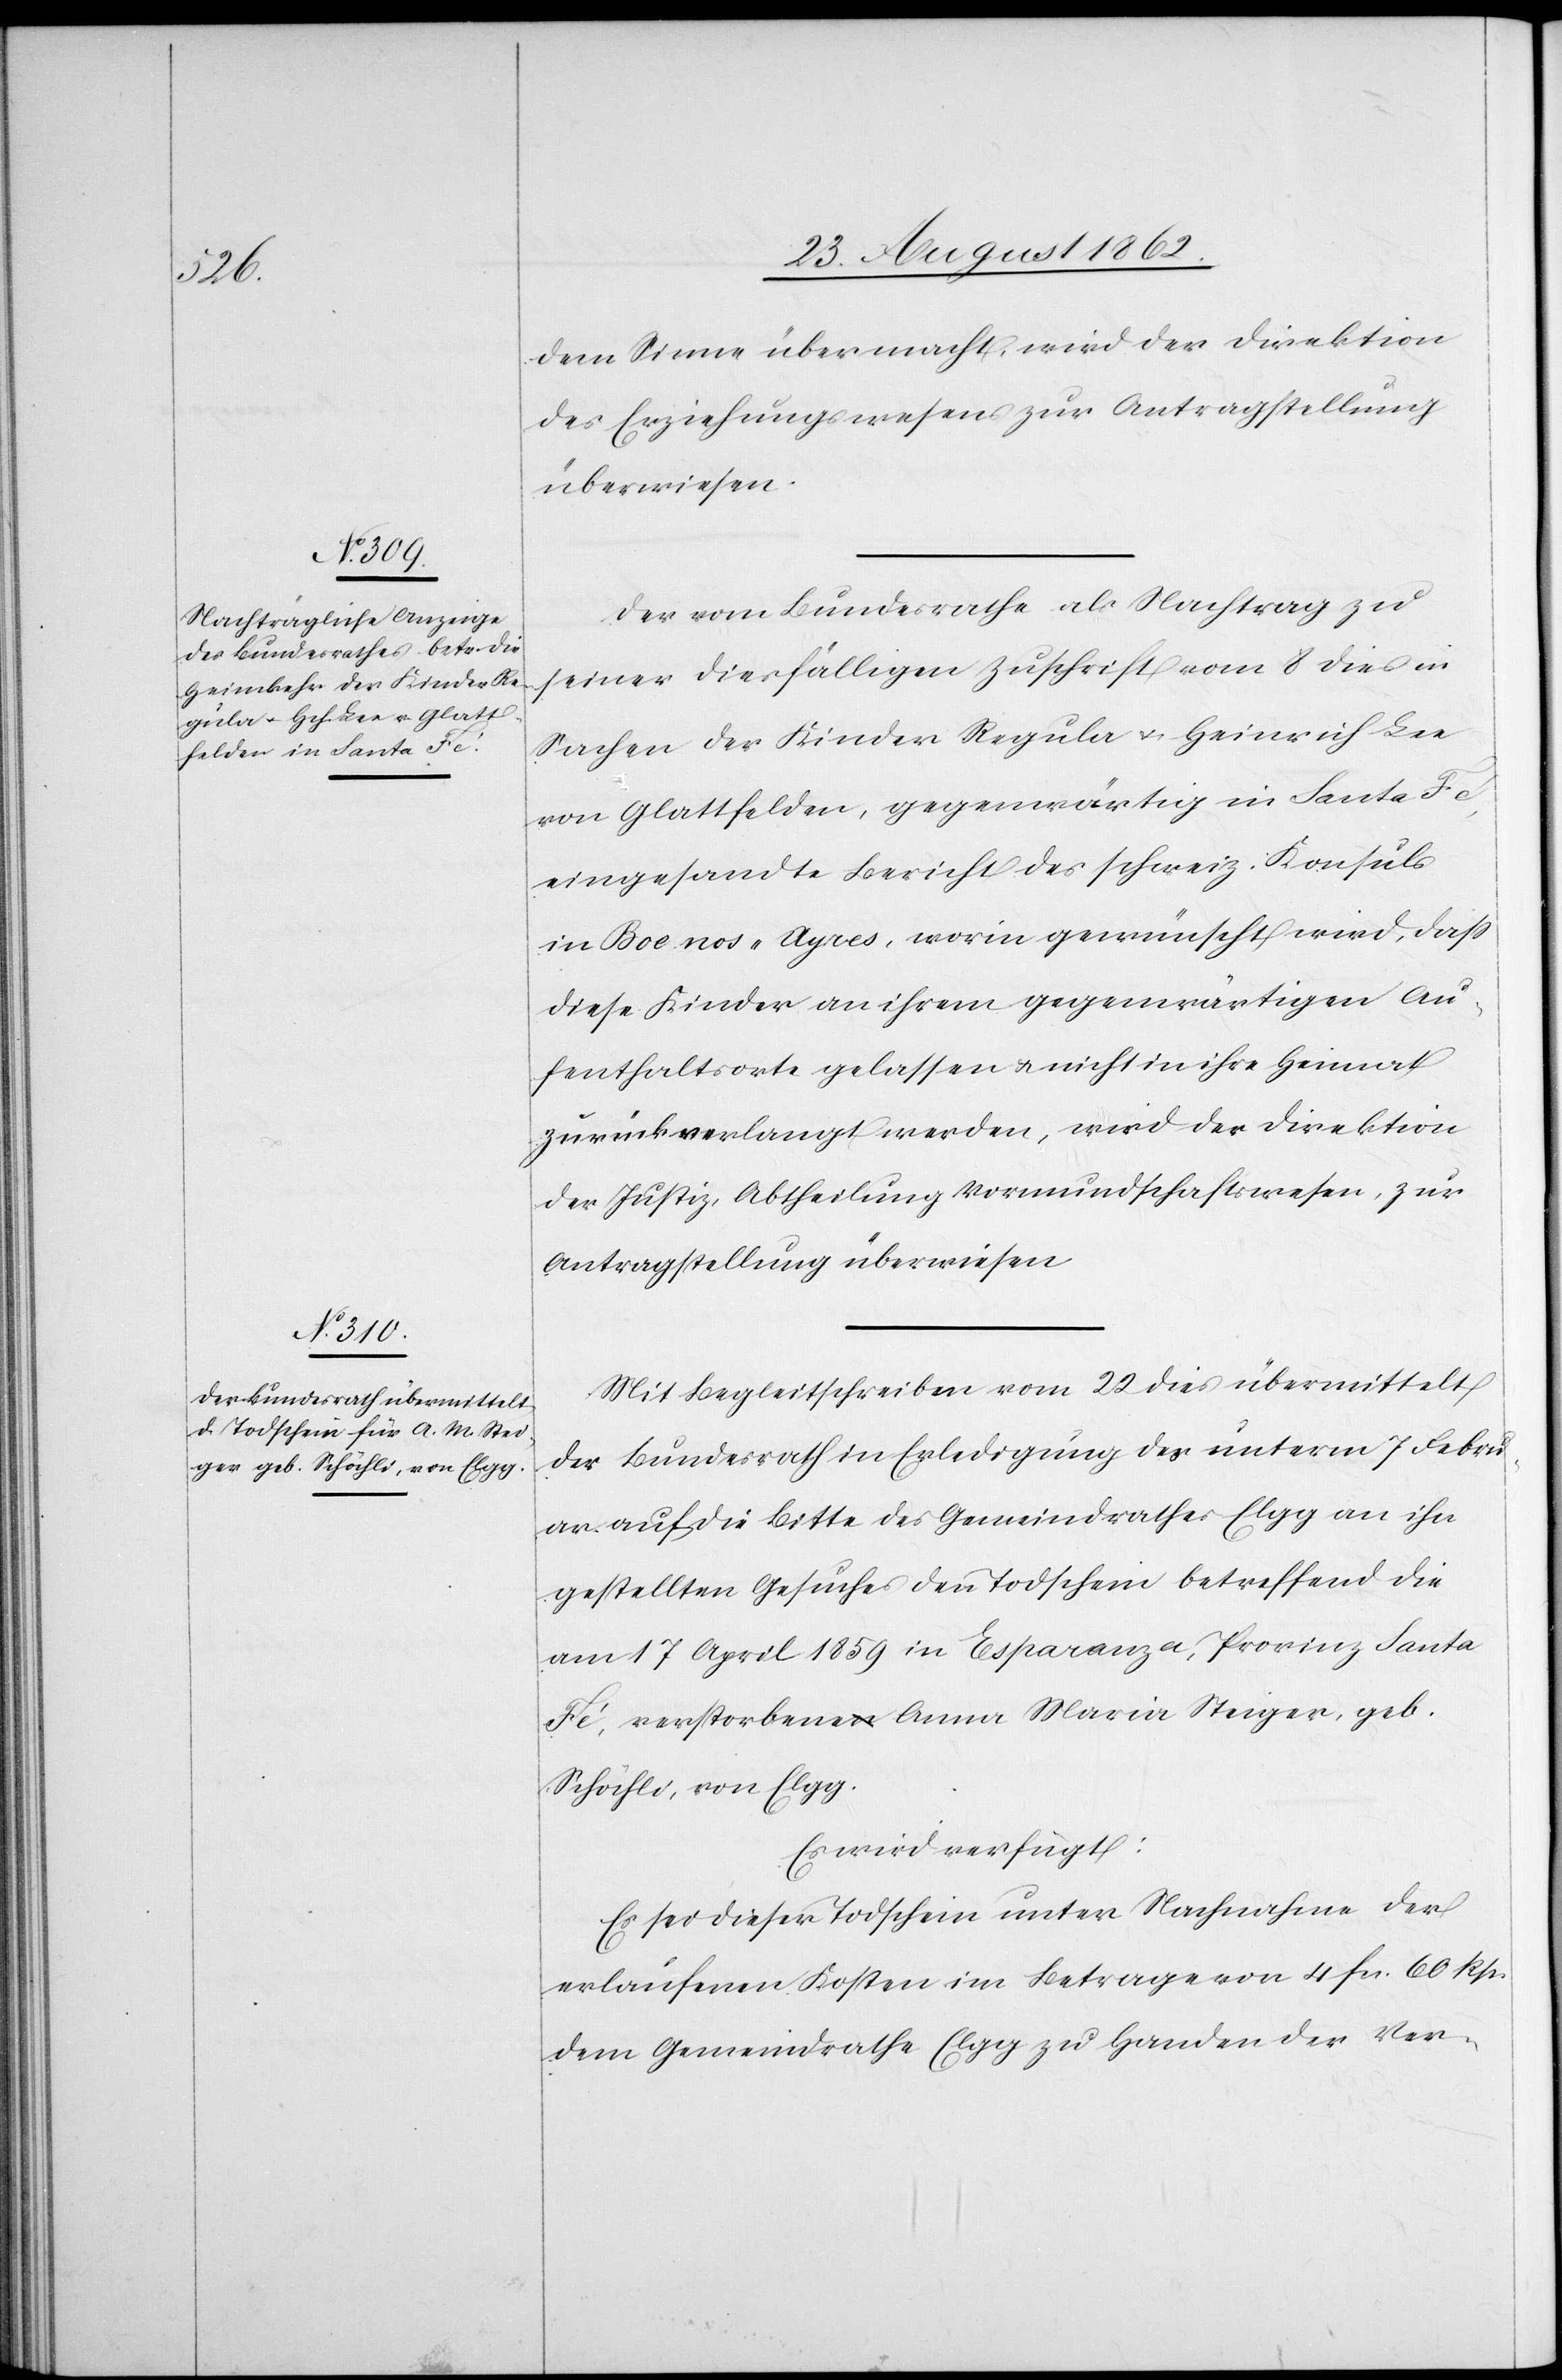
25. August 1862.]
dem Sinne übermacht, wird der Direktion
des Erziehungswesens zur Antragstellung
überwiesen.
Der vom Bundesrathe als Nachtrag zu
seiner diesfälligen Zuschrift vom 8. dies in
Sachen der Kinder Regula u. Heinrich Lee
von Glattfelden, gegenwärtig in Santa
eingesandte Bericht des schweiz. Konsuls
in Buenos-Ayres, worin gewünscht wird, daß
diese Kinder an ihrem gegenwärtigen Au¬
fenthaltsorte gelassen u. nicht in ihre Heimat
zurückverlangt werden, wird der Direktion
der Justiz, Abtheilung Vormundschaftswesen, zur
Antragstellung überwiesen.
Mit Begleitschreiben vom 22. dies übermittelt
der Bundesrath in Erledigung des unterm 7. Febru¬
ar auf die Bitte des Gemeindrathes Elgg an ihn
gestellten Gesuches den Todschein betreffend die
am 17. April 1859 in Esparanza, Provinz Santa
Fé, verstorbene Anna Maria Steiger, geb.
Schöchli, von Elgg,
Es wird verfügt:
Es sei dieser Todschein unter Nachnahme der
erlaufenen Kosten im Betrage von 4 fcs. 60 Rp.
dem Gemeindrathe Elgg zu Handen der Ver-